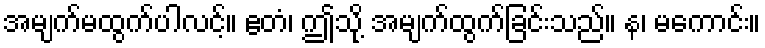
အမျက်မထွက်ပါလင့်။ ဧတံ၊ ဤသို့ အမျက်ထွက်ခြင်းသည်။ န၊ မကောင်း။